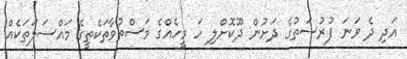
އަދި ދެ ވަނަ ފުރުސަތުގެ ދަށުން ދޫކޮށްލި ހަ މީހެއްގެ މަސްތުވާތަކެތީގެ މައްސަލަތަކެއް